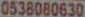
0538080630